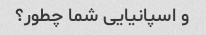
و اسپانیایی شما چطور؟